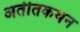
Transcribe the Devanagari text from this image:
अतीतकथन